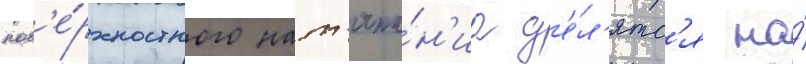
пов'е́рхностного нат'яже́н'иа д'е́л'ятс'я на́